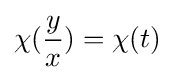
\chi ({\frac {y}{x}})=\chi (t)